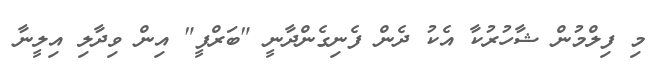
މި ފިލްމުން ޝާހުރުކާ އެކު ދެން ފެނިގެންދާނީ "ބަރްފީ" އިން ވިދާލި އިލީނާ